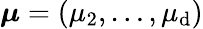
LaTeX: \boldsymbol{\mu}=(\mu_{2},\dots,\mu_{\mathrm{d}})